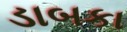
ડાબકા